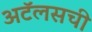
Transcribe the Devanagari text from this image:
अटॅलसची